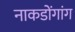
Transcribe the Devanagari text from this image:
नाकडोंगांग